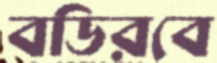
বডিরবে